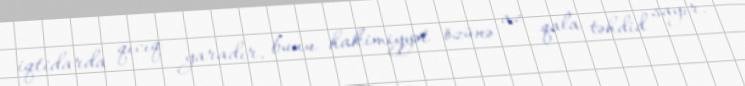
iqtidarda qıcıq yaradır, bunu hakimiyyət özünə az qala təhdid sayır.